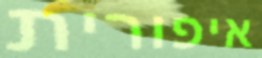
איפורית